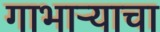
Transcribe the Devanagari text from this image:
गाभाऱ्याचा